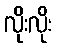
လိုးလိုး